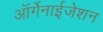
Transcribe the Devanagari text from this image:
ऑर्गेनाईजेशन